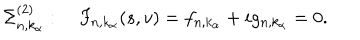
\Sigma _ { n , k _ { \alpha } } ^ { ( 2 ) } : \quad F _ { n , k _ { \alpha } } ( s , v ) = f _ { n , k _ { \alpha } } + i g _ { n , k _ { \alpha } } = 0 .